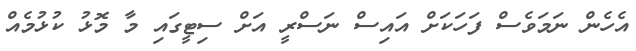
އެހެން ނަމަވެސް ފަހަކަށް އައިސް ނަސްރީ އަށް ސިޓީގައި މާ މޮޅު ކުޅުމެއް